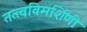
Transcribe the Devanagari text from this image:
तत्त्वविमर्शिणी